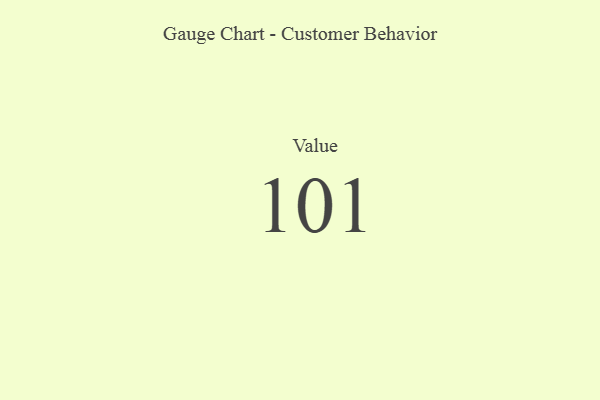
{"axis": {"x": "Metric", "y": "Value"}, "legend": [""], "data": [{"x": "Value", "y": 101, "type": ""}]}